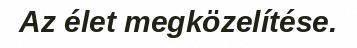
Az élet megközelítése.